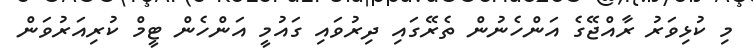
މި ކުޅިވަރު ރާއްޖޭގެ އަންހެނުން ތެރޭގައި ދިރުވައި ގައުމީ އަންހެން ޓީމް ކުރިއަރުވަން